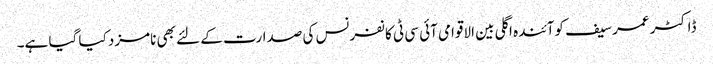
ڈاکٹر عمر سیف کوآئندہ اگلی بین الاقوامی آئی سی ٹی کانفرنس کی صدارت کے لئے بھی نامزد کیا گیا ہے۔